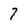
Character: 7